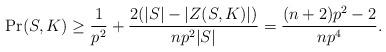
LaTeX: \begin{align*}\Pr(S, K) \geq \frac{1}{p^2} + \frac{2(|S| - |Z(S, K)|)}{np^2|S|} = \frac {(n + 2)p^2 - 2}{np^4}.\end{align*}